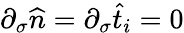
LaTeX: \partial_{\sigma}\widehat{n}=\partial_{\sigma}\widehat{t}_{i}=0